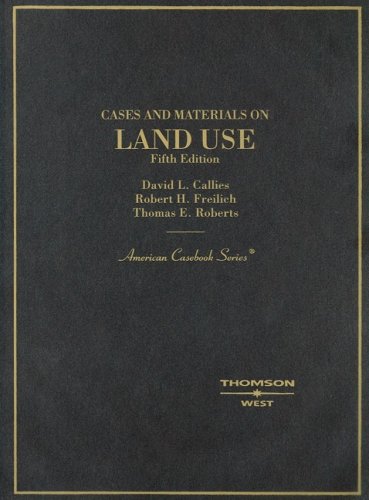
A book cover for Cases and Materials on Land Use (American Casebooks); David L. Callies; Law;